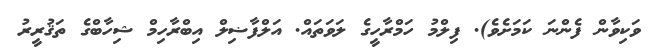
ވަކިވާން ފެންނަ ކަމަށެވެ). ފިލްމު ހަމްރާހީގެ ލަވަތައް. އަލްފާޟިލް އިބްރާހިމް ޝިހާބްގެ ތަޤުރީރު